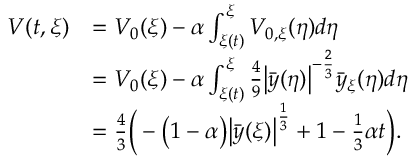
\begin{array} { r l } { V ( t , \xi ) } & { = V _ { 0 } ( \xi ) - \alpha \int _ { \xi ( t ) } ^ { \xi } V _ { 0 , \xi } ( \eta ) d \eta } \\ & { = V _ { 0 } ( \xi ) - \alpha \int _ { \xi ( t ) } ^ { \xi } \frac { 4 } { 9 } \bigl | \bar { y } ( \eta ) \bigr | ^ { - \frac { 2 } { 3 } } \bar { y } _ { \xi } ( \eta ) d \eta } \\ & { = \frac { 4 } { 3 } \bigg ( - \big ( 1 - \alpha \big ) \bigl | \bar { y } ( \xi ) \bigr | ^ { \frac { 1 } { 3 } } + 1 - \frac { 1 } { 3 } \alpha t \bigg ) . } \end{array}